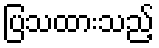
ပြသထားသည့်